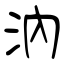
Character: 汭